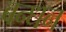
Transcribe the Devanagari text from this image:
बन्‍धन